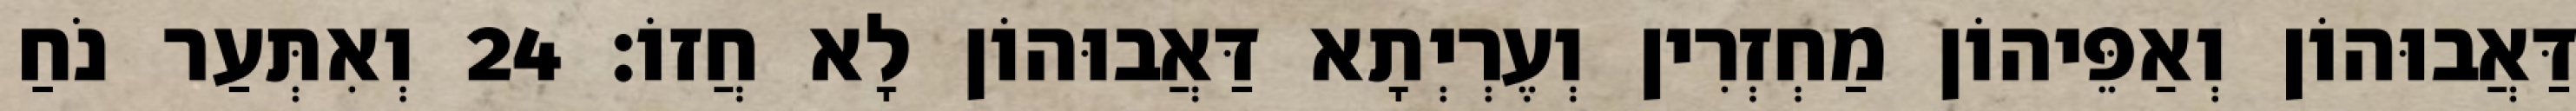
דַּאֲבוּהוֹן וְאַפֵּיהוֹן מַחְזְרִין וְעֶרְיְתָא דַּאֲבוּהוֹן לָא חֲזוֹ׃ 24 וְאִתְּעַר נֹחַ